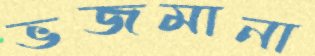
ভজমানা